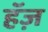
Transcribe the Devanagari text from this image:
हॅज़